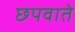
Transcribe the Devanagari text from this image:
छपवाते